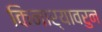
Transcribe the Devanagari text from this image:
किनार्‍यावरुन